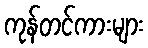
ကုန်တင်ကားများ